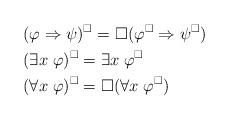
LaTeX: \begin{align*}& \mbox{\;} \\& (\varphi \Rightarrow \psi)^{\Box} = \Box (\varphi^{\Box} \Rightarrow \psi^{\Box}) \\& (\exists x \; \varphi)^{\Box} = \exists x \; \varphi^{\Box} \\& (\forall x \; \varphi)^{\Box} = \Box (\forall x \; \varphi^{\Box})\end{align*}